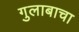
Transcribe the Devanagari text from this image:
गुलाबाचा